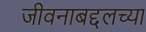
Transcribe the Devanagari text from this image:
जीवनाबद्दलच्या